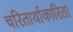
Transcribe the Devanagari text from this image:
चरितार्थाकारिता